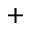
^ +